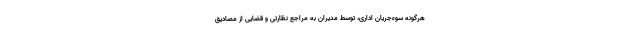
هرگونه سوءجریان اداری، توسط مدیران به مراجع نظارتی و قضایی از مصادیق